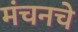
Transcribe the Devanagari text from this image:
मंचनचे